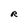
Character: R